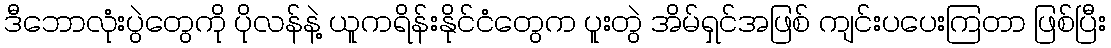
ဒီဘောလုံးပွဲတွေကို ပိုလန်နဲ့ ယူကရိန်းနိုင်ငံတွေက ပူးတွဲ အိမ်ရှင်အဖြစ် ကျင်းပပေးကြတာ ဖြစ်ပြီး